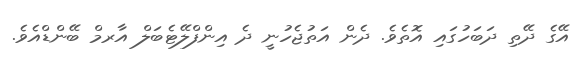
އޭގެ ދޭތި ދަބަހުގައި އޮތެވެ. ދެން އަތުޖެހުނީ ދެ އިންފްލޭޓެބަލް އާރމް ބޭންޑްއެވެ.